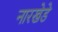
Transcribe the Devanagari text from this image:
नारखेडे